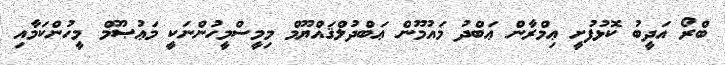
ބްރޯ އަދީބު ކޮޅުފުށީ ޢިމްރާން ޢަބްދު މައުމޫން ޢަބްދުލްޤައްޔޫމް މިމީސްމީހުންނަކީ މަޢުޞޫމް މީހުންކަމާއި